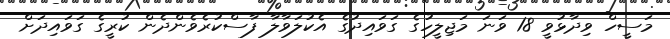
މަސީހް ވިދާޅުވީ 18 ވަނަ މަޖިލީހުގެ ގަވައިދުގެ އެކުލަވާލާ ފާސްކުރެވެންދެން ކުރީގެ ގަވައިދަށް